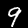
Digit: 9